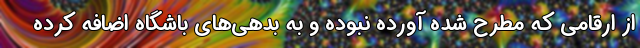
از ارقامی که مطرح شده آورده نبوده و به بدهی‌های باشگاه اضافه کرده